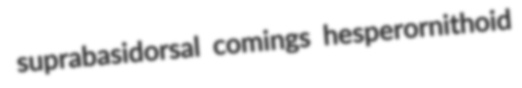
suprabasidorsal comings hesperornithoid